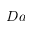
D a